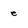
Character: e